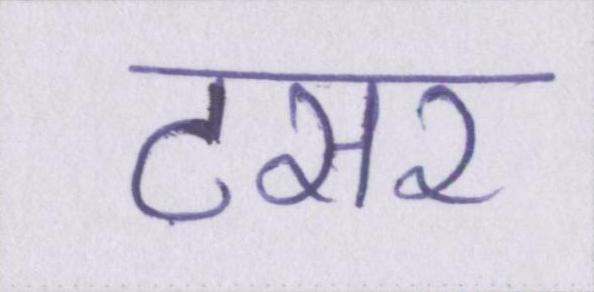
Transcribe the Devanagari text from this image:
टसर